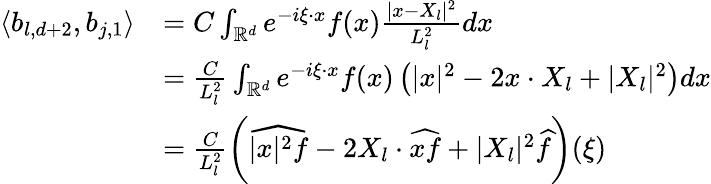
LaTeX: \begin{array}{rl}{\langle b_{l,d+2},b_{j,1}\rangle}&{=C\int_{\mathbb{R}^{d}}e^{-i\xi\cdot x}f(x)\frac{|x-X_{l}|^{2}}{L_{l}^{2}}dx}\\ &{=\frac{C}{L_{l}^{2}}\int_{\mathbb{R}^{d}}e^{-i\xi\cdot x}f(x)\left(|x|^{2}-2x\cdot X_{l}+|X_{l}|^{2}\right)dx}\\ &{=\frac{C}{L_{l}^{2}}\left(\widehat{|x|^{2}f}-2X_{l}\cdot\widehat{xf}+|X_{l}|^{2}\widehat{f}\right)(\xi)}\end{array}